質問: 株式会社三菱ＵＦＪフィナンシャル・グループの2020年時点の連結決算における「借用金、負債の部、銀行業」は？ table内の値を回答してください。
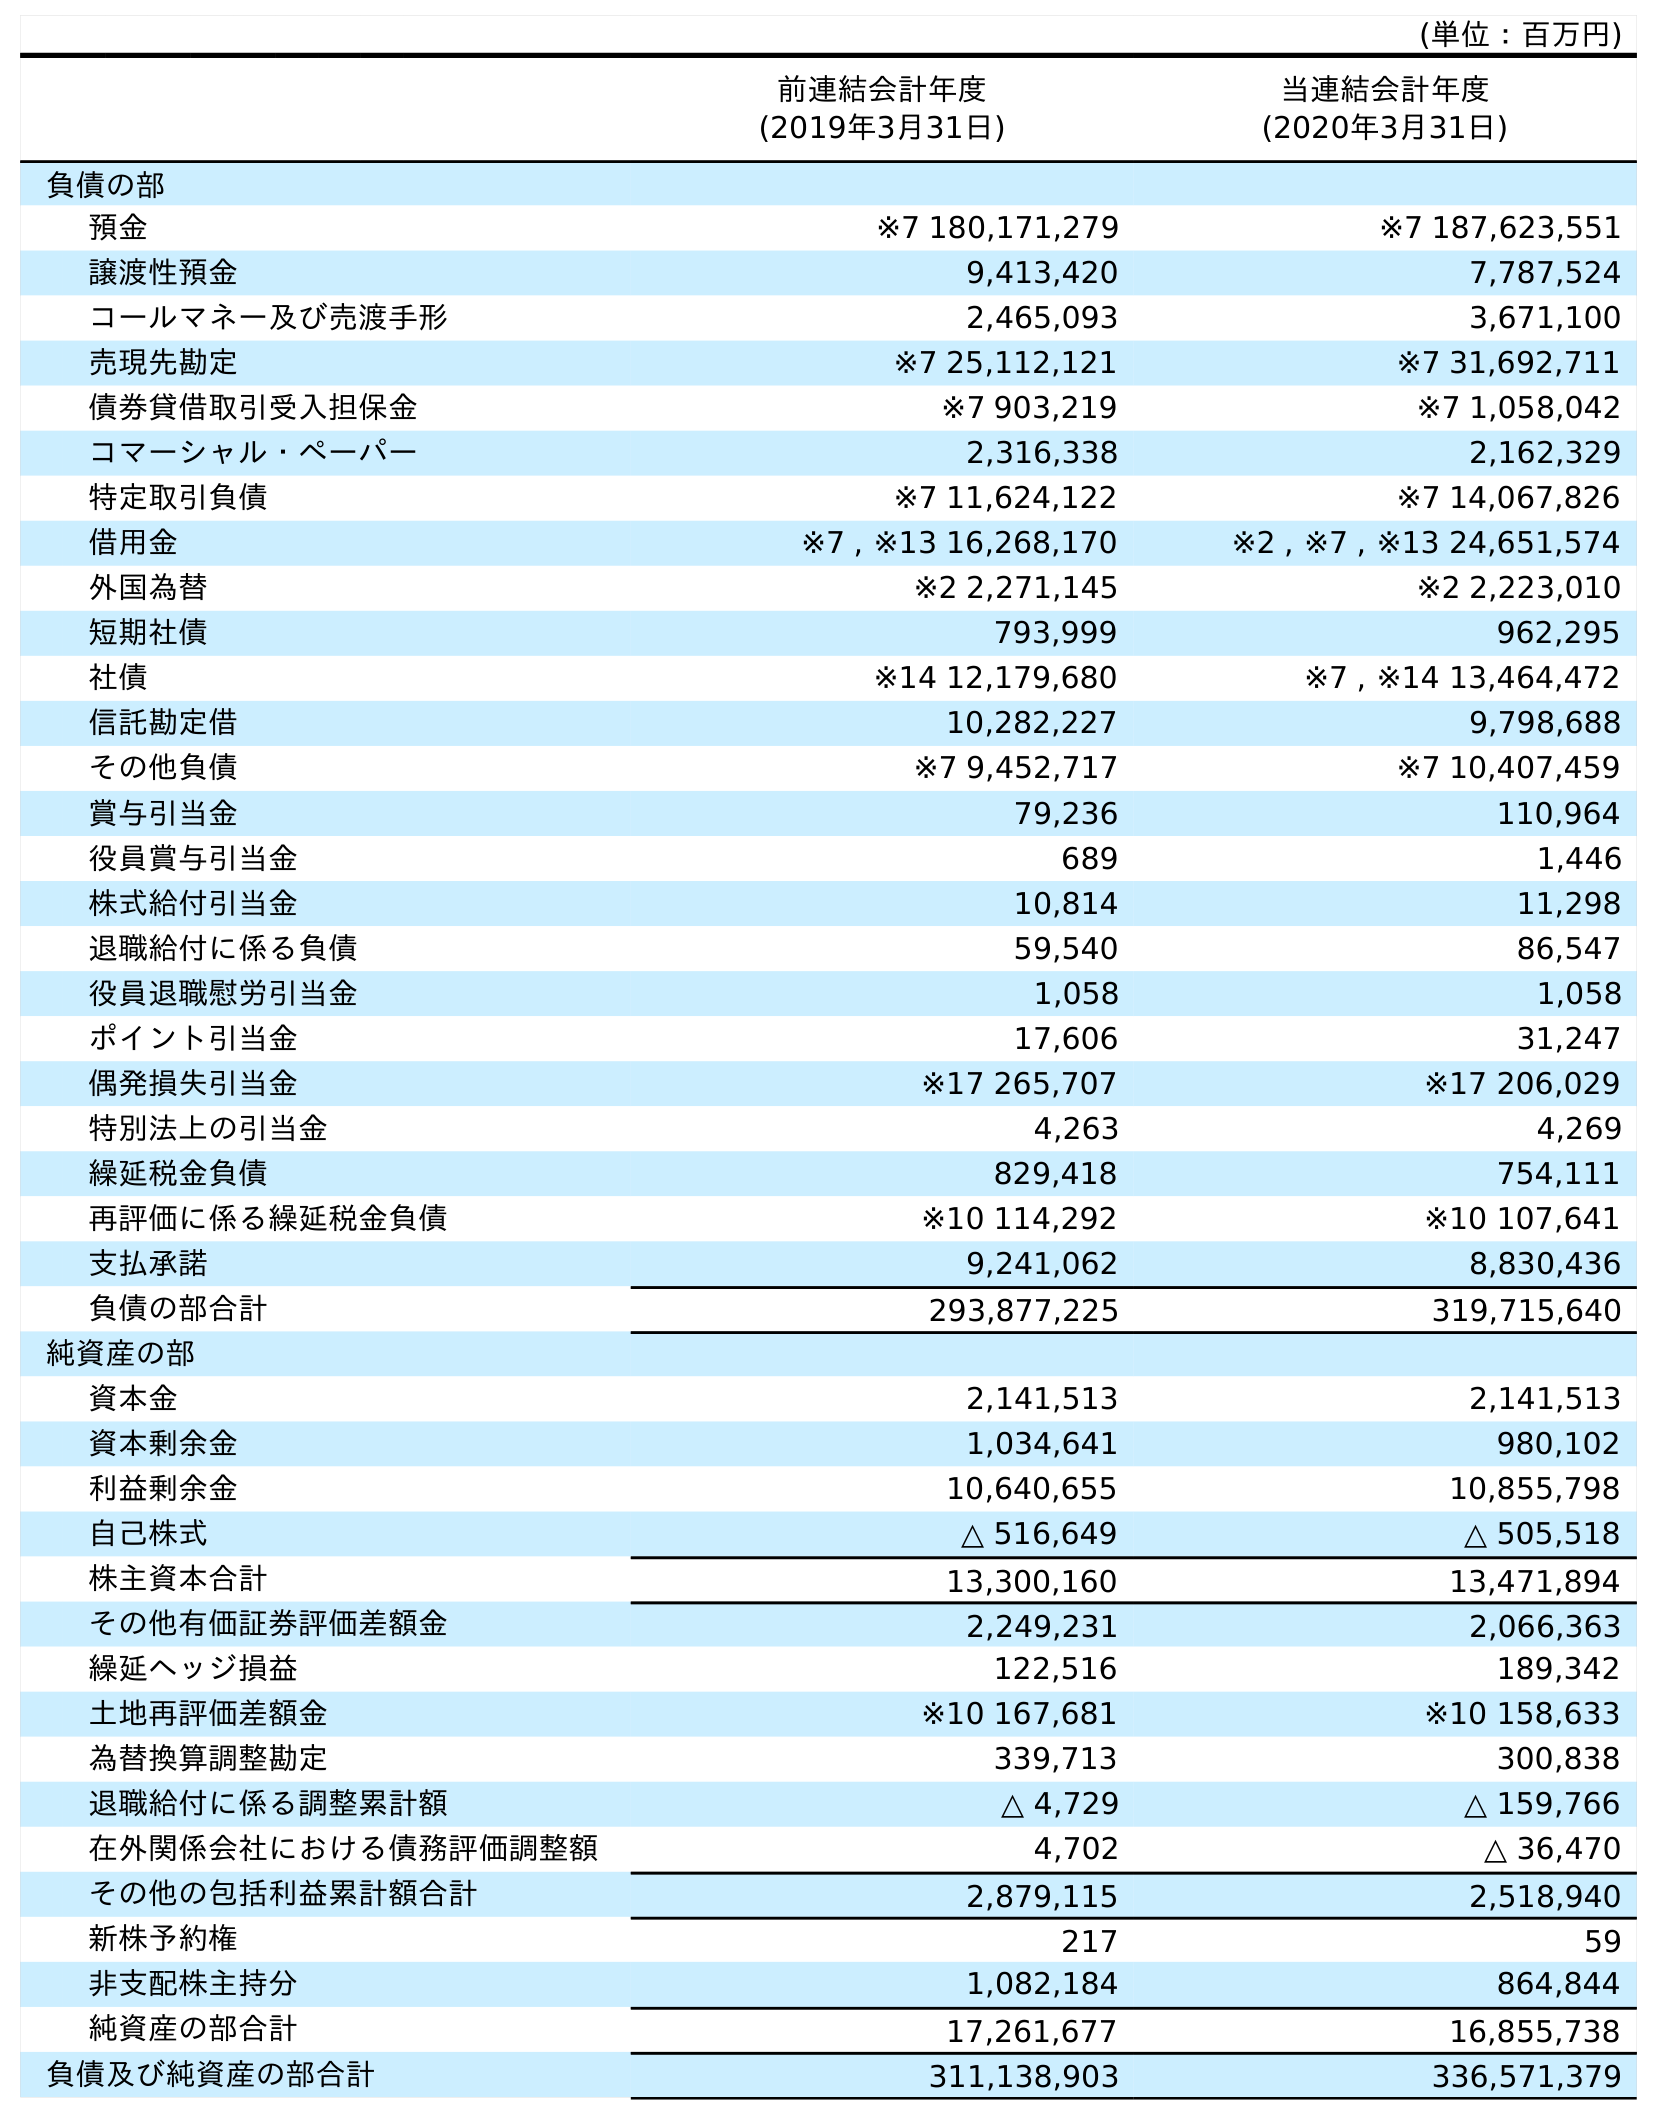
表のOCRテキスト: (単位：百万円) 前連結会計年度 (2019年3月31日) 当連結会計年度 (2020年3月31日) 負債の部 預金 ※7 180,171,279 ※7 187,623,551 譲渡性預金 9,413,420 7,787,524 コールマネー及び売渡手形 2,465,093 3,671,100 売現先勘定 ※7 25,112,121 ※7 31,692,711 債券貸借取引受入担保金 ※7 903,219 ※7 1,058,042 コマーシャル・ペーパー 2,316,338 2,162,329 特定取引負債 ※7 11,624,122 ※7 14,067,826 借用金 ※7 , ※13 16,268,170 ※2 , ※7 , ※13 24,651,574 外国為替 ※2 2,271,145 ※2 2,223,010 短期社債 793,999 962,295 社債 ※14 12,179,680 ※7 , ※14 13,464,472 信託勘定借 10,282,227 9,798,688 その他負債 ※7 9,452,717 ※7 10,407,459 賞与引当金 79,236 110,964 役員賞与引当金 689 1,446 株式給付引当金 10,814 11,298 退職給付に係る負債 59,540 86,547 役員退職慰労引当金 1,058 1,058 ポイント引当金 17,606 31,247 偶発損失引当金 ※17 265,707 ※17 206,029 特別法上の引当金 4,263 4,269 繰延税金負債 829,418 754,111 再評価に係る繰延税金負債 ※10 114,292 ※10 107,641 支払承諾 9,241,062 8,830,436 負債の部合計 293,877,225 319,715,640 純資産の部 資本金 2,141,513 2,141,513 資本剰余金 1,034,641 980,102 利益剰余金 10,640,655 10,855,798 自己株式 △ 516,649 △ 505,518 株主資本合計 13,300,160 13,471,894 その他有価証券評価差額金 2,249,231 2,066,363 繰延ヘッジ損益 122,516 189,342 土地再評価差額金 ※10 167,681 ※10 158,633 為替換算調整勘定 339,713 300,838 退職給付に係る調整累計額 △ 4,729 △ 159,766 在外関係会社における債務評価調整額 4,702 △ 36,470 その他の包括利益累計額合計 2,879,115 2,518,940 新株予約権 217 59 非支配株主持分 1,082,184 864,844 純資産の部合計 17,261,677 16,855,738 負債及び純資産の部合計 311,138,903 336,571,379
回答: ※2,※7,※1324,651,574